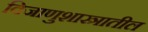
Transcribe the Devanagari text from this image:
विजाणुशास्त्रातील